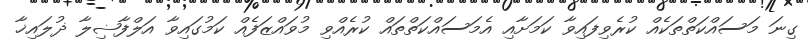
ގިނަ މަސައްކަތްތަކެއް ކުރެވިފައިވާ ކަމަށާއި އެމަސައްކަތްތައް ކުރެއްވި މުވައްޒަފެއް ކަމުގައިވާ އަލްފާޟިލާ ޛުލައިޚާ